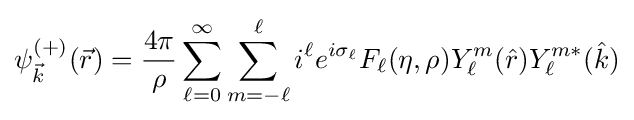
\psi _{\vec {k}}^{(+)}({\vec {r}})={\frac {4\pi }{\rho }}\sum _{\ell =0}^{\infty }\sum _{m=-\ell }^{\ell }i^{\ell }e^{i\sigma _{\ell }}F_{\ell }(\eta ,\rho )Y_{\ell }^{m}({\hat {r}})Y_{\ell }^{m\ast }({\hat {k}})